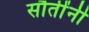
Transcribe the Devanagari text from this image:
सौतींनी